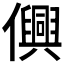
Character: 𫤂